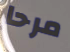
مرحا